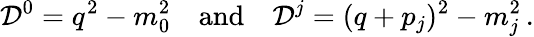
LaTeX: {\mathcal D}^{0}=q^{2}-m_{0}^{2}\quad\mathrm{and}\quad{\mathcal D}^{j}=(q+p_{j})^{2}-m_{j}^{2}\, .